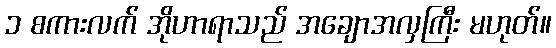
၁ စကားလက် အိုဟာရာသည် အချောအလှကြီး မဟုတ်။